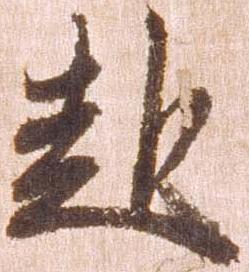
赴